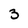
Character: 3